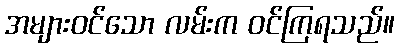
အများဝင်သော လမ်းက ဝင်ကြရသည်။